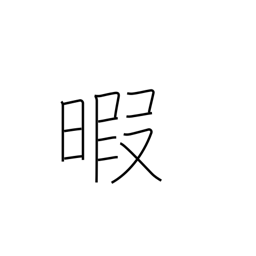
Meaning: spare time